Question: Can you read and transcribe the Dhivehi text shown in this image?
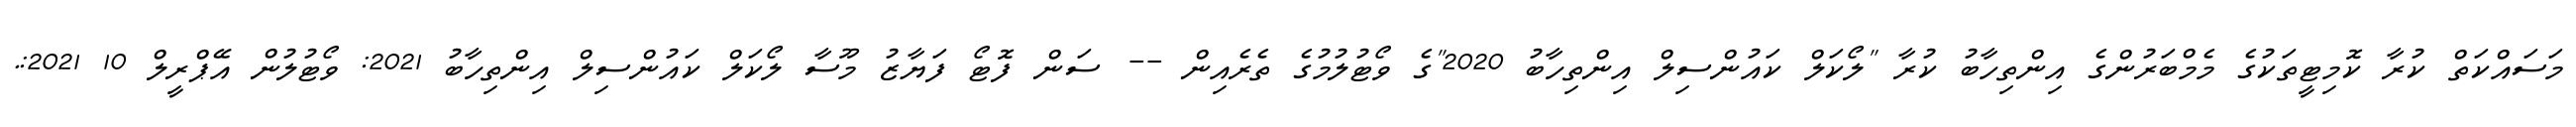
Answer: މަސައްކަތް ކުރާ ކޮމިޓީތަކުގެ މެމްބަރުންގެ އިންތިހާބު ކުރާ "ލޯކަލް ކައުންސިލް އިންތިހާބު 2020"ގެ ވޯޓުލުމުގެ ތެރެއިން -- ސަން ފޮޓޯ ފަޔާޒު މޫސާ ލޯކަލް ކައުންސިލް އިންތިހާބު 2021: ވޯޓުލުން އޭޕްރީލް 10 2021:.